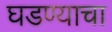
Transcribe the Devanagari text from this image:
घडण्याचा